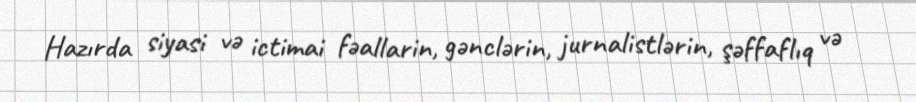
Hazırda siyasi və ictimai fəallarin, gənclərin, jurnalistlərin, şəffaflıq və